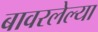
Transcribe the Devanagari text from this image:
बावरलेल्या